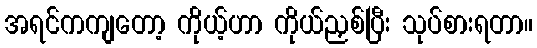
အရင်ကကျတော့ ကိုယ့်ဟာ ကိုယ်ညှစ်ပြီး သုပ်စားရတာ။